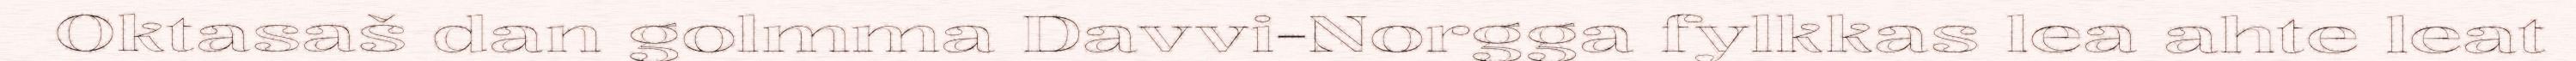
Oktasaš dan golmma Davvi-Norgga fylkkas lea ahte leat